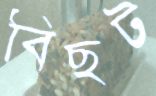
বিছট